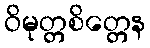
ဝိမုတ္တစိတ္တေန